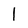
Character: 1